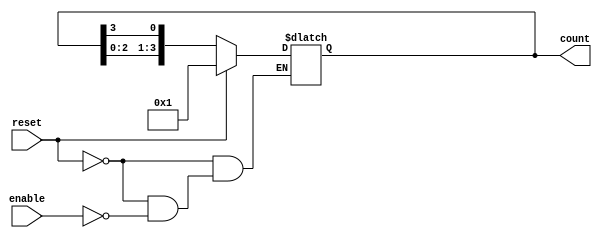
module async_ring_counter (
    input wire reset,        // Asynchronous reset
    input wire enable,       // Enable signal for the counter
    output reg [n-1:0] count // Output count (n-bit wide)
);

parameter n = 4; // Number of bits in the counter

// Initialize the counter to a known state (e.g., 0001)
initial begin
    count = 4'b0001;  // Starting state
end

always @* begin
    if (reset) begin
        count = 4'b0001;  // Reset to initial state
    end else if (enable) begin
        // Shift the '1' bit to the next flip-flop
        count = {count[n-2:0], count[n-1]}; 
    end
end

endmodule